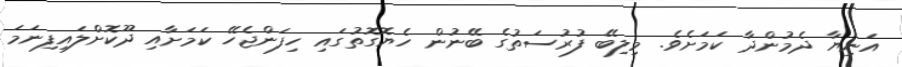
އަނިޔާ ދެމުންދާ ކަމަށެވެ. މިލިބޭ ފުރުސަތުގެ ބޭނުން ހެޔޮގޮތުގައި ހިފަންޖެހޭ ކަމަށާއި ދޫކޮށްލައިފިނަމަ